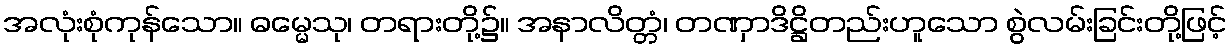
အလုံးစုံကုန်သော။ ဓမ္မေသု၊ တရားတို့၌။ အနာလိတ္တံ၊ တဏှာဒိဋ္ဌိတည်းဟူသော စွဲလမ်းခြင်းတို့ဖြင့်